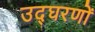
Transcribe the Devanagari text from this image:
उद्घरणों